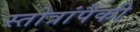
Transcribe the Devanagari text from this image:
स्तोत्रांपैकी